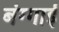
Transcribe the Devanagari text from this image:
बंग्गाई